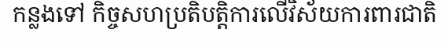
កន្លងទៅ កិច្ចសហប្រតិបត្តិការលើវិស័យការពារជាតិ